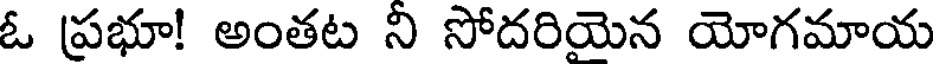
ఓ ప్రభూ! అంతట ని సోదరియెన యోగమాయ